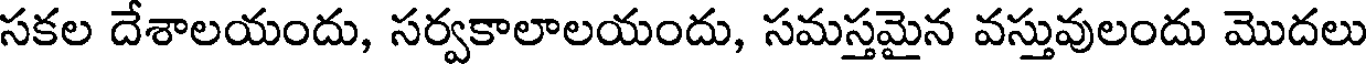
సకల దేశాలయందు, సర్వకాలాలయందు, సమస్తమైన వస్తువులందు మొదలు